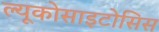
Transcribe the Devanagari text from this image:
ल्यूकोसाइटोसिस